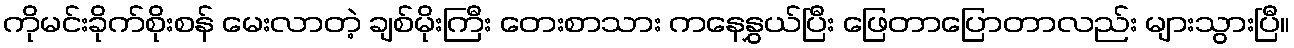
ကိုမင်းခိုက်စိုးစန် မေးလာတဲ့ ချစ်မိုးကြီး တေးစာသား ကနေနွှယ်ပြီး ဖြေတာပြောတာလည်း များသွားပြီ။